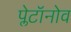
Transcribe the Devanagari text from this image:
प्लेटॉनोव